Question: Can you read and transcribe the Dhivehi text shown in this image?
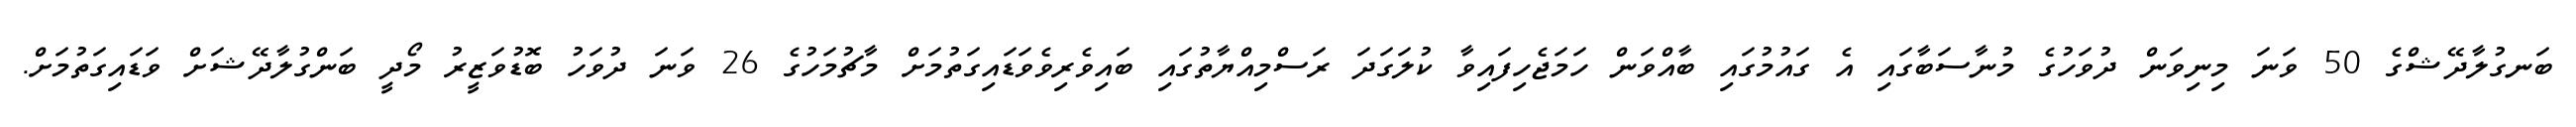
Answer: ބަނގުލާދޭޝްގެ 50 ވަނަ މިނިވަން ދުވަހުގެ މުނާސަބާގައި އެ ގައުމުގައި ބާއްވަން ހަމަޖެހިފައިވާ ކުލަގަދަ ރަސްމިއްޔާތުގައި ބައިވެރިވެވަޑައިގަތުމަށް މާޗުމަހުގެ 26 ވަނަ ދުވަހު ބޮޑުވަޒީރު މޯދީ ބަންގުލާދޭޝަށް ވަޑައިގަތުމަށް.